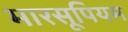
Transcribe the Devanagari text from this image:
मारसूपियम